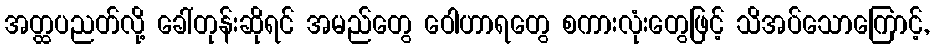
အတ္ထပညတ်လို့ ခေါ်တုန်းဆိုရင် အမည်တွေ ဝေါဟာရတွေ စကားလုံးတွေဖြင့် သိအပ်သောကြောင့်,